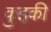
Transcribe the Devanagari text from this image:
कुइकी